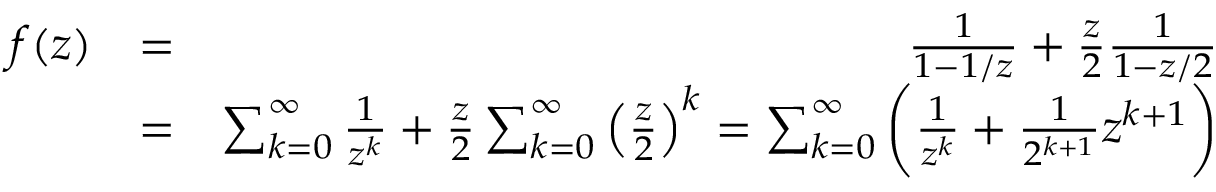
\begin{array} { r l r } { f ( z ) } & { = } & { \frac { 1 } { 1 - 1 / z } + \frac { z } { 2 } \frac { 1 } { 1 - z / 2 } } \\ & { = } & { \sum _ { k = 0 } ^ { \infty } \frac { 1 } { z ^ { k } } + \frac { z } { 2 } \sum _ { k = 0 } ^ { \infty } \left( \frac { z } { 2 } \right) ^ { k } = \sum _ { k = 0 } ^ { \infty } \bigg ( \frac { 1 } { z ^ { k } } + \frac { 1 } { 2 ^ { k + 1 } } z ^ { k + 1 } \bigg ) } \end{array}